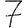
Digit: 7